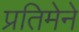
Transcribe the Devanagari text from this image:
प्रतिमेने